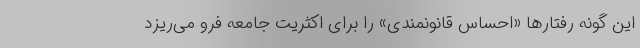
این گونه رفتارها «احساس قانونمندی» را برای اکثریت جامعه فرو می‌ریزد